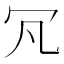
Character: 𠕵